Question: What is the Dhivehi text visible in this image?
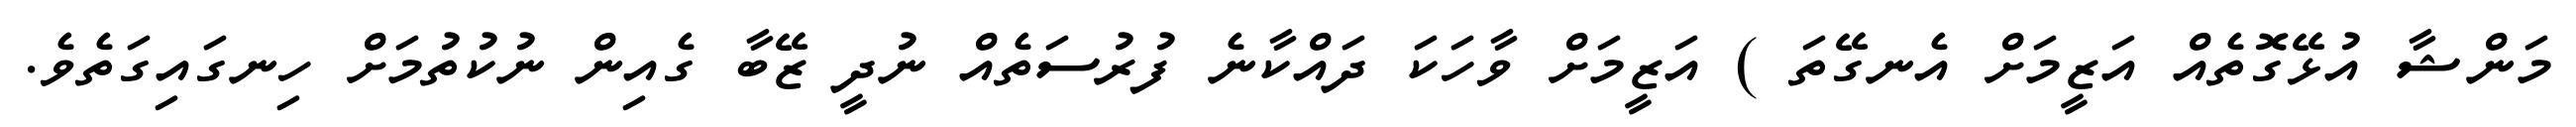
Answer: މަންޝާ އުޅޭގޮތެއް އަޒީމަށް އެނގޭތަ ) އަޒީމަށް ވާހަކަ ދައްކާނެ ފުރުސަތެއް ނުދީ ޒޭބާ ގެއިން ނުކުތުމަށް ހިނގައިގަތެވެ.